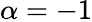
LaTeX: \alpha=-1